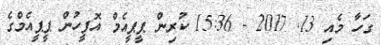
ގަހާ މެއި 13